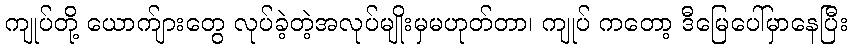
ကျုပ်တို့ ယောက်ျားတွေ လုပ်ခဲ့တဲ့အလုပ်မျိုးမှမဟုတ်တာ၊ ကျုပ် ကတော့ ဒီမြေပေါ်မှာနေပြီး